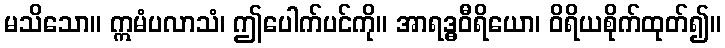
မသိသော။ ဣမံပလာသံ၊ ဤပေါက်ပင်ကို။ အာရဒ္ဓဝီရိယော၊ ဝိရိယစိုက်ထုတ်၍။